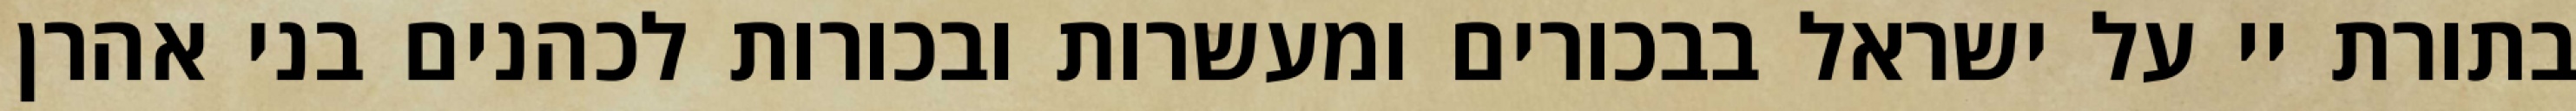
בתורת יי על ישראל בבכורים ומעשרות ובכורות לכהנים בני אהרן